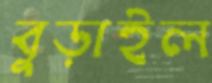
বুড়াইল